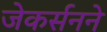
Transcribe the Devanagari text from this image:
जेकर्सनने